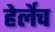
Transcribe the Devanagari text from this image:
हेर्लेच